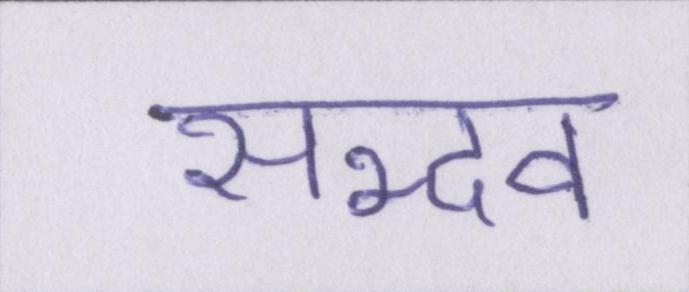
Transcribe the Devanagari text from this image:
सद्भव